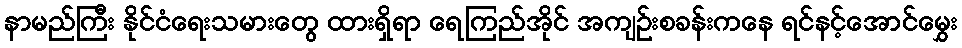
နာမည်ကြီး နိုင်ငံရေးသမားတွေ ထားရှိရာ ရေကြည်အိုင် အကျဉ်းစခန်းကနေ ရင်နင့်အောင်မွှေး